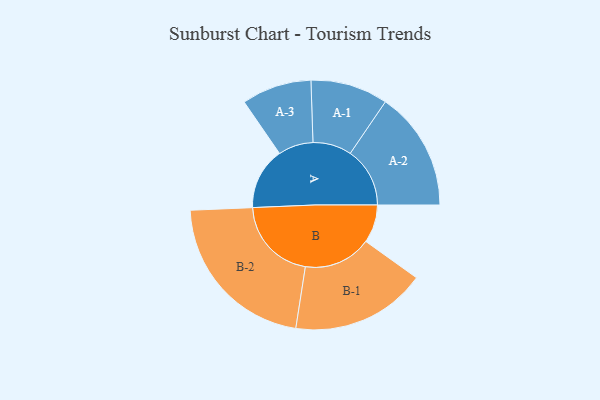
{"axis": {"x": "Segment", "y": "Value"}, "legend": ["", "A", "B"], "data": [{"x": "A", "y": 216, "type": ""}, {"x": "B", "y": 133, "type": ""}, {"x": "A-1", "y": 135, "type": "A"}, {"x": "A-2", "y": 208, "type": "A"}, {"x": "A-3", "y": 122, "type": "A"}, {"x": "B-1", "y": 236, "type": "B"}, {"x": "B-2", "y": 294, "type": "B"}]}